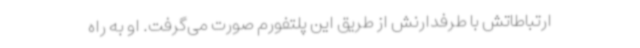
ارتباطاتش با طرفدارنش از طریق این پلتفورم صورت می‌گرفت. او به راه